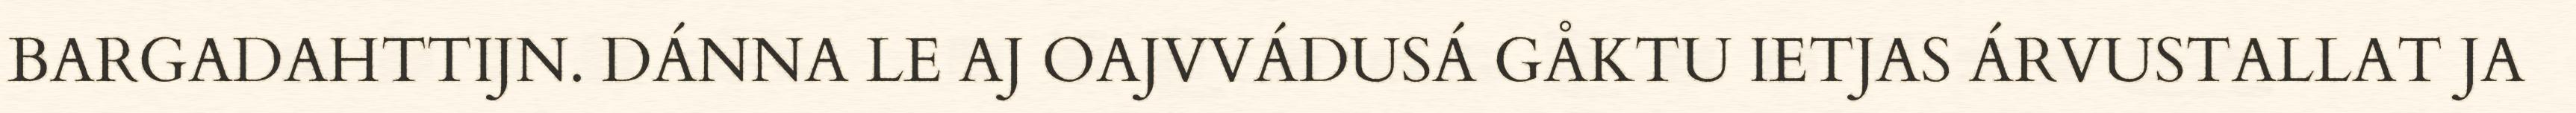
BARGADAHTTIJN. DÁNNA LE AJ OAJVVÁDUSÁ GÅKTU IETJAS ÁRVUSTALLAT JA